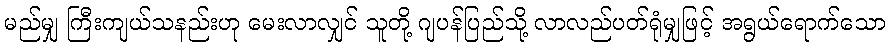
မည်မျှ ကြီးကျယ်သနည်းဟု မေးလာလျှင် သူတို့ ဂျပန်ပြည်သို့ လာလည်ပတ်ရုံမျှဖြင့် အရွယ်ရောက်သော